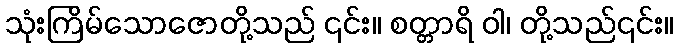
သုံးကြိမ်သောဇောတို့သည် ၎င်း။ စတ္တာရိ ဝါ၊ တို့သည်၎င်း။